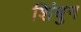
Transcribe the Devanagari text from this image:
शिंबुन